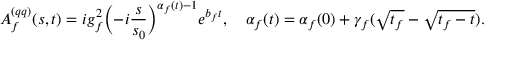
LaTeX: A _ { f } ^ { ( q q ) } ( s , t ) = i g _ { f } ^ { 2 } \Bigl ( - i \frac { s } { s _ { 0 } } \Bigr ) ^ { \alpha _ { f } ( t ) - 1 } e ^ { b _ { f } t } , \quad \alpha _ { f } ( t ) = \alpha _ { f } ( 0 ) + \gamma _ { f } ( \sqrt { t _ { f } } - \sqrt { t _ { f } - t } ) .